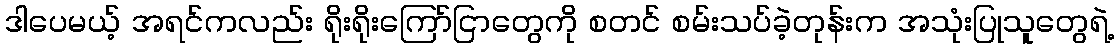
ဒါပေမယ့် အရင်ကလည်း ရိုးရိုးကြော်ငြာတွေကို စတင် စမ်းသပ်ခဲ့တုန်းက အသုံးပြုသူတွေရဲ့